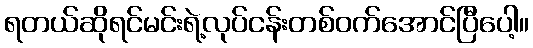
ရတယ်ဆိုရင်မင်းရဲ့လုပ်ငန်းတစ်ဝက်အောင်ပြီပေါ့။